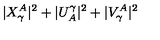
| X _ { \gamma } ^ { A } | ^ { 2 } + | U _ { A } ^ { \gamma } | ^ { 2 } + | V _ { \gamma } ^ { A } | ^ { 2 }